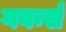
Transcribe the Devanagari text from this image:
गवर्न्स